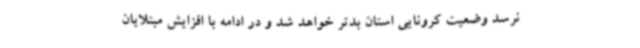
نرسد وضعیت کرونایی استان بدتر خواهد شد و در ادامه با افزایش مبتلایان